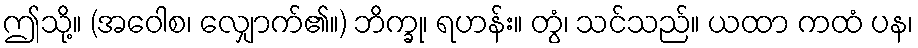
ဤသို့။ (အဝေါစ၊ လျှောက်၏။) ဘိက္ခု၊ ရဟန်း။ တွံ၊ သင်သည်။ ယထာ ကထံ ပန၊